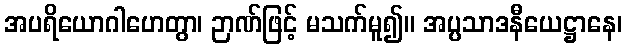
အပရိယောဂါဟေတွာ၊ ဉာဏ်ဖြင့် မသက်မူ၍။ အပ္ပသာဒနီယေဋ္ဌာနေ၊